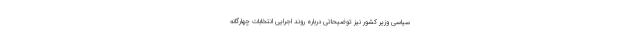
سیاسی وزیر کشور نیز توضیحاتی درباره روند اجرایی انتخابات چهارگانه